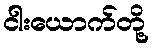
ငါးယောက်တို့